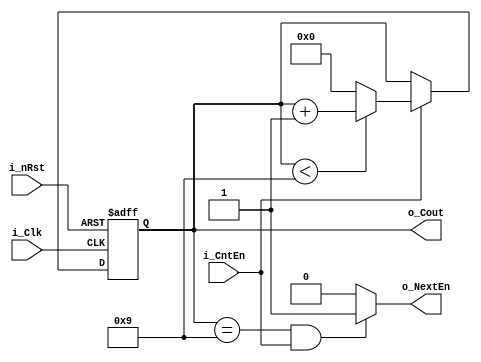
// One Counter to Rule Them ALL. Cuz, u know... I used to same counter for every digit... duh.
// Deniz Rumet FIRAT
// 6.4.21

module BCDcounter(
input i_nRst, i_Clk, i_CntEn,
output o_NextEn,
output [3:0] o_Cout
);

reg [3:0]r_Cout; // Register for counters.

always @(posedge i_Clk or negedge i_nRst)
begin
	if (i_nRst == 1'b0) // Active-Low Asynch Reset.
		r_Cout[3:0] <= 4'b0; // Reset the registers	
	else
		if (i_CntEn == 1'b1) // Check for enable input
			if (r_Cout < 4'b1001) // Check for if decimal 9 is reached.
				r_Cout[3:0] <= r_Cout[3:0] + 4'b1; // Increment counter
			else
				r_Cout[3:0] <= 4'b0; // Overwrite decimal 0.
		else
			r_Cout[3:0] <= r_Cout[3:0];	// Counter is idle
end

assign o_NextEn = ((o_Cout == 4'b1001) && (i_CntEn))?(1'b1):(1'b0); // Check the condition of reaching decimal 9 and enable input. This is critical.

assign o_Cout[3:0] = r_Cout[3:0]; // Assign register to output.

endmodule